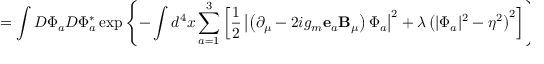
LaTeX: = \int D \Phi _ { a } D \Phi _ { a } ^ { * } \exp \left\{ - \int d ^ { 4 } x \sum _ { a = 1 } ^ { 3 } \left[ \frac 1 2 \left| \left( \partial _ { \mu } - 2 i g _ { m } { \bf e } _ { a } { \bf B } _ { \mu } \right) \Phi _ { a } \right| ^ { 2 } + \lambda \left( | \Phi _ { a } | ^ { 2 } - \eta ^ { 2 } \right) ^ { 2 } \right] \right\} ,